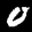
Label: 0